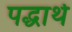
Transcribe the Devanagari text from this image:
पद्धार्थ